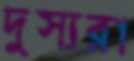
দুস্যরা